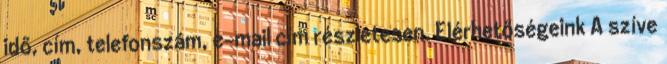
idő, cím, telefonszám, e-mail cím részletesen. Elérhetőségeink A szíve